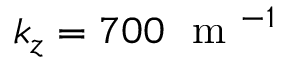
k _ { z } = 7 0 0 \ \mathrm { ~ m ~ } ^ { - 1 }